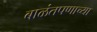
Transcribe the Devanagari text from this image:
बाळंतपणाच्या